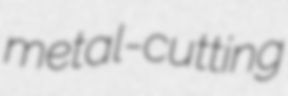
metal-cutting